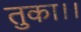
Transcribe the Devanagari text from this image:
तुका।।